Annual report on the working of the mental hospitals in the Madras Presidency - 1912-1932
Year: 1912
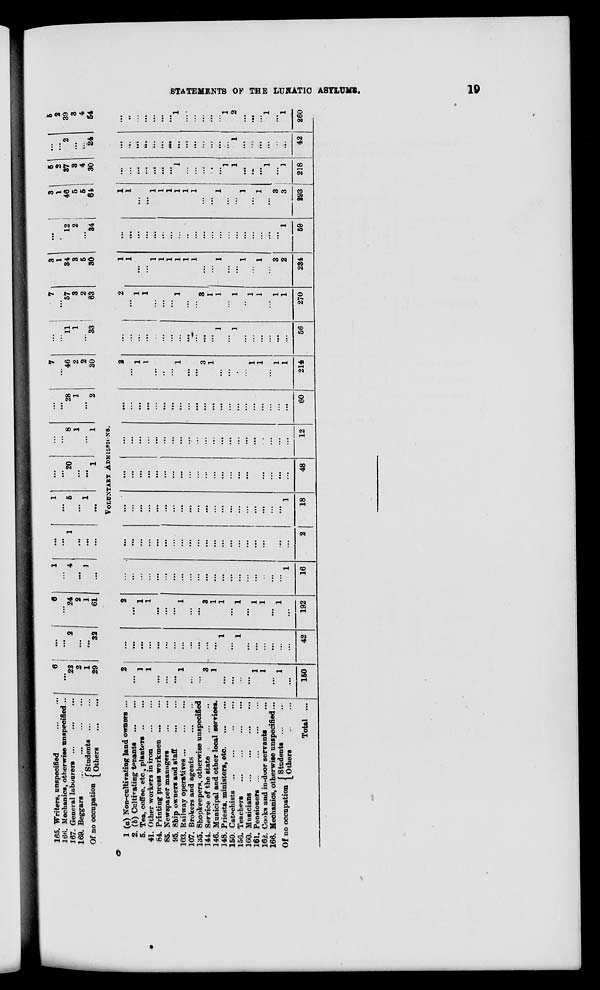
STATEMENTS OF THE LUNATIC ASYLUMS.
19
165. Writers, unspecified
166. Mechanics, otherwise unspecified ..
167. General labourers ... ... ...
169. Beggars
...
...
...
...
Of no occupation Students
...
...
Others ... ...
6 ...
22
2
1
29
...
...
2
...
...
32
6
...
24
2
1
61
1
...
4
...
1
...
...
...
1
...
...
...
1
...
5
...
1
...
...
...
20
...
...
1
...
...
8
1
...
1
...
...
28
1
...
2
7
...
46
2
2
30
...
...
11
1
...
33
7
...
57
3
2
63
3
1
34
3
5
30
...
12
2
...
34
3
1
46
5
5 64
5 2
37
3
4
30
...
...
2
...
...
24
5
2
39
3
4
54
VOLUNTARY ADMISSIONS.
1 (a) Non-cultivating land owners ...
2. (b) Cultivating tenants
...
...
5. Tea, coffee, etc., planters
...
...
41. Other workers in iron
...
...
84. Printing press workmen
...
...
85. Newspaper managers
...
...
95. 8hip owners and staff ... ...
103. Railway operatives
...
...
...
107. Brokers and agents
...
...
135. Shopkeepers, otherwise unspecified
144. Service of the state
...
...
146. Municipal and other local services.
148. Priests, ministers, etc.
...
...
150. Catechists ... ... ... ...
156. Teachers
...
...
...
...
160. Musicians
...
...
...
...
161. Pensioners ... ... ... ...
162. Cooks and in-door servants ...
166. Mechanics, otherwise unspecified ...
Of no occupation Students
...
...
Others
...
...
Total ...
2
...
1
1
...
...
...
1
...
...
3
1
...
...
...
...
1
1
...
1
...
150
...
...
...
...
...
...
...
...
...
...
...
...
1
...
1
...
...
...
...
...
...
42
2
...
1
1
...
...
...
1
...
...
3
1
1
...
1
...
1
1
...
1
...
192
...
...
...
...
...
...
...
...
...
...
...
...
...
...
...
...
...
...
...
...
1
16
1 ...
...
...
...
...
...
...
...
...
...
...
...
...
...
...
...
...
...
....
...
2
...
...
...
...
...
...
...
...
...
...
...
...
...
...
...
...
...
...
...
...
1
18
...
...
...
...
...
...
...
...
...
...
...
...
...
...
...
...
...
...
...
...
...
48
...
...
...
...
...
...
...
...
...
...
...
...
...
...
...
...
...
...
...
...
...
12
...
...
...
...
...
...
...
...
...
...
...
...
...
...
...
...
...
...
...
...
...
60
2
...
1
I
...
...
...
1
...
...
3
1
...
...
...
...
1
1
...
1
1
214
...
...
...
...
...
...
...
...
...
...
...
...
1
...
1
...
...
...
...
...
...
56
2
...
1
1
...
...
...
1
...
...
3
1
1
...
1
..
1
1
...
1
1
270
1
1
...
...
1
1
1
1
1
1
...
...
1
...
...
1
...
1
...
3
2
234
...
...
...
...
...
...
...
...
..
...
...
...
...
...
...
...
...
...
...
...
1
59
1
1
...
...
1
1
1
1
1
1
...
...
1
...
...
1
...
1
...
3
3
293
...
...
...
...
...
...
...
1
...
...
...
...
...
1
1
...
...
...
1
...
1
218
...
...
...
...
...
...
...
...
...
...
...
...
...
...
1
...
...
...
...
...
...
42
...
...
...
...
...
...
...
1
...
...
...
...
...
1
2
...
...
...
1
...
1
260